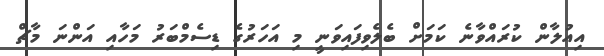
އިއުލާން ކުރައްވާނެ ކަމަށް ބެލެވިފައިވަނީ މި އަހަރުގެ ޑިސެމްބަރު މަހާއި އަންނަ މާޗް